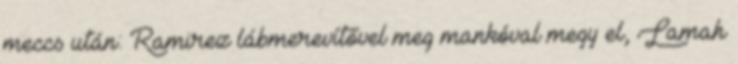
meccs után: Ramirez lábmerevítővel meg mankóval megy el, Lamah